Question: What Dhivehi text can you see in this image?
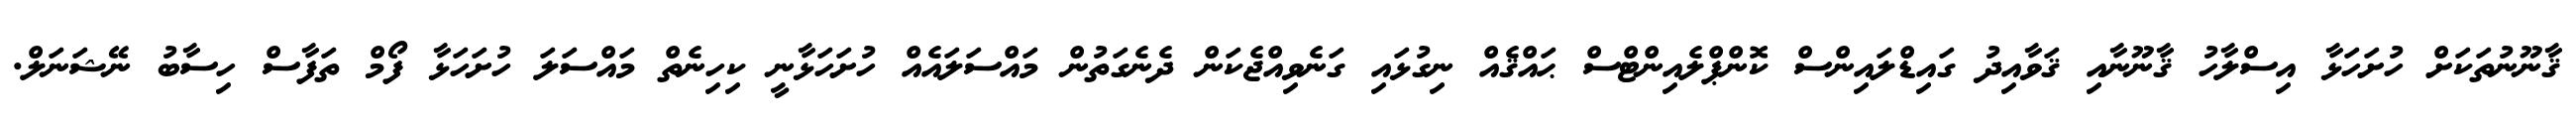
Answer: ޤާނޫނުތަކަށް ހުށަހަޅާ އިސްލާހު ޤާނޫނާއި ޤަވާއިދު ގައިޑްލައިންސް ކޮންޕްލެއިންޓްސް ޙައްޤެއް ނިގުޅައި ގަނެވިއްޖެކަން ދެނެގަތުން މައްސަލައެއް ހުށަހަޅާނީ ކިހިނެތް މައްސަލަ ހުށަހަޅާ ފޯމް ތަފާސް ހިސާބު ނޭޝަނަލް.